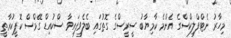
މިހާރު ނެޓްފްލިކްސްގެ އެންމެ ކާމިޔާބު ސީރީސްގެ ގޮތުގައި ބެލެވިފައިވާ ސްކުއިޑް ގޭމްސް ކޮޕީކުރާތީ